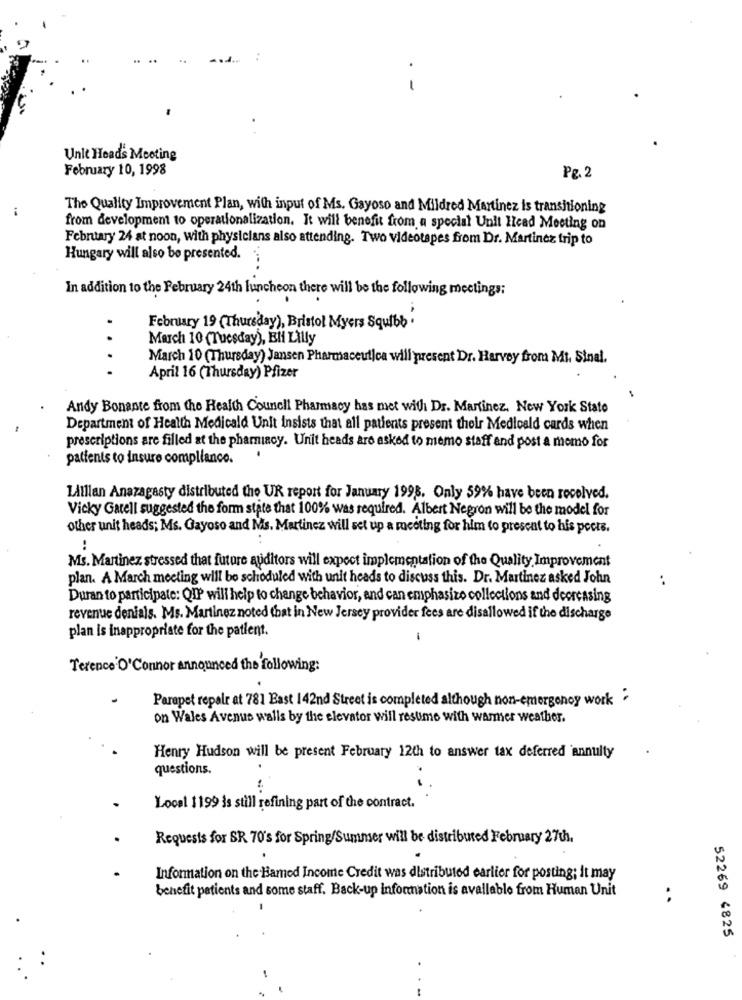
. -
Unit Heads Meeting
February 10, 1998
Pg. 2
..
The Quality Improvement Plan, with input of Ms. Gayoso and Mildred Martinez is transitioning
from development to operationalization. It will benefit from a special Unit Head Meeting on
February 24 at noon, with physicians also attending. Two videotapes from Dr. Martinez trip to
Hungary will also be presented.
In addition to the February 24th luncheon there will be the following meetings;
February 19 (Thursday), Bristol Myers Squibb .
March 10 (Tuesday), EN Lilly
March 10 (Thursday) Jansen Pharmaceut|ca will present Dr. Harvey from Mi. Sinal.
...
April 16 (Thursday) Pfizer
Andy Bonante from the Health Council Pharmacy has met with Dr. Martinez. New York State
Department of Health Medicald Unit Insists that all patients present their Medicald cards when
prescriptions are filled at the pharmacy. Unit heads are asked to memo staff and post a momo for
.
patients to insure compliance.
LAIllan Anazagasty distributed the UR report for January 1998. Only 59% have been received.
Vicky Garell suggested the form state that 100% was required. Albert Negron will be the model for
other unit heads; Ms. Gayoso and Mis. Martinez will set up a meeting for him to present to his pocte.
Ms. Martinez stressed that future auditors will expect implementation of the Quality Improvement
plan. A March meeting will be schoduled with unit heads to discuss this. Dr. Martinez asked John
Duran to participate: QIP will help to change behavior, and can emphasize collections and decreasing
revenue denials. Ms. Martinez noted that in New Jersey provider fees are disallowed if the discharge
plan is inappropriate for the patient.
Terence'O'Connor announced the following:
Parapet repair at 781 East 142nd Street is completed although non-emergonoy work
on Wales Avenue walls by the elevator will resume with warmer weather.
Henry Hudson will be present February 12th to answer tax deferred annuity
questions.
Local 1199 is still refining part of the contract.
Requests for SR 70's for Spring/Summer will be distributed February 27th.
Information on the Hamed Income Credit was distributed earlier for posting; it may
benefit patients and some staff. Back-up information is available from Human Unit
..
52269 4825